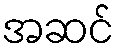
အဆင်